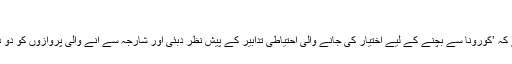
‘
دوسری طرف بحرینی محکمہ شہری ہوا بازی نے اعلان کیا ہے کہ ’کورونا سے بچنے کے لیے اختیار کی جانے والی احتیاطی تدابیر کے پیش نظر دبئی اور شارجہ سے آنے والی پروازوں کو دو دن کے لیے معطل کیا جا رہا ہے تاکہ حالات کا جائزہ لیا جائے۔